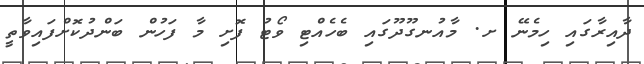
ދާއިރާގައި ހިމެނޭ ށ. މާއުނގޫދޫގައި ބެހެއްޓި ވޯޓު ފޮށި މާ ފަހުން ބަންދުކޮށްފައިވާތީ